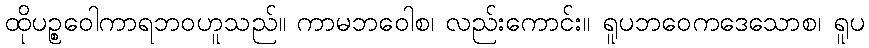
ထိုပဉ္စဝေါကာရဘဝဟူသည်။ ကာမဘဝေါစ၊ လည်းကောင်း။ ရူပဘဝေကဒေသောစ၊ ရူပ